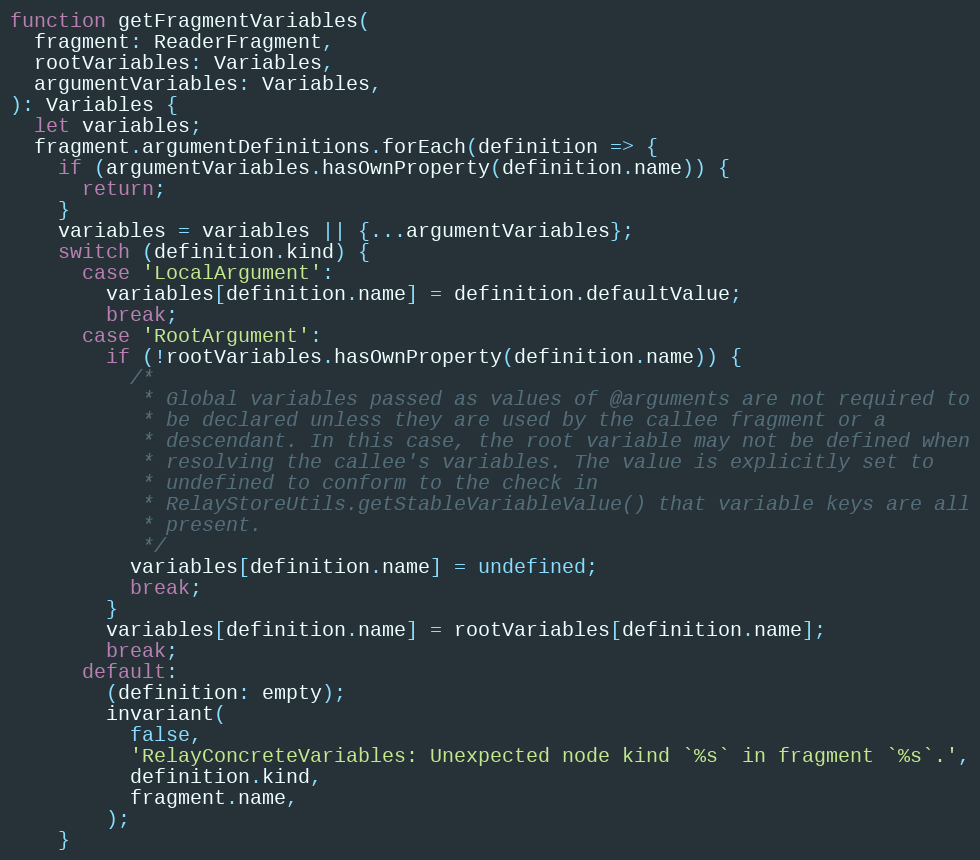
Language: JavaScript
function getFragmentVariables(
  fragment: ReaderFragment,
  rootVariables: Variables,
  argumentVariables: Variables,
): Variables {
  let variables;
  fragment.argumentDefinitions.forEach(definition => {
    if (argumentVariables.hasOwnProperty(definition.name)) {
      return;
    }
    variables = variables || {...argumentVariables};
    switch (definition.kind) {
      case 'LocalArgument':
        variables[definition.name] = definition.defaultValue;
        break;
      case 'RootArgument':
        if (!rootVariables.hasOwnProperty(definition.name)) {
          /*
           * Global variables passed as values of @arguments are not required to
           * be declared unless they are used by the callee fragment or a
           * descendant. In this case, the root variable may not be defined when
           * resolving the callee's variables. The value is explicitly set to
           * undefined to conform to the check in
           * RelayStoreUtils.getStableVariableValue() that variable keys are all
           * present.
           */
          variables[definition.name] = undefined;
          break;
        }
        variables[definition.name] = rootVariables[definition.name];
        break;
      default:
        (definition: empty);
        invariant(
          false,
          'RelayConcreteVariables: Unexpected node kind `%s` in fragment `%s`.',
          definition.kind,
          fragment.name,
        );
    }